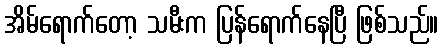
အိမ်ရောက်တော့ သမီးက ပြန်ရောက်နေပြီ ဖြစ်သည်။